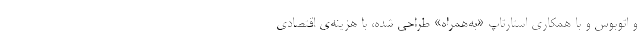
و اتوبوس و با همکاری استارتاپ «به‌همراه» طراحی شده، با هزینه‌ی اقتصادی